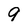
Character: 9